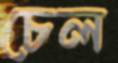
চেল